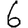
Digit: 6